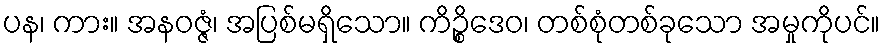
ပန၊ ကား။ အနဝဇ္ဇံ၊ အပြစ်မရှိသော။ ကိဉ္စိဒေဝ၊ တစ်စုံတစ်ခုသော အမှုကိုပင်။